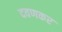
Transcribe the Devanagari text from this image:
दवणकर